Insane asylums in Bengal annual reports 1867-1875 - 1867-1875
Year: 1867
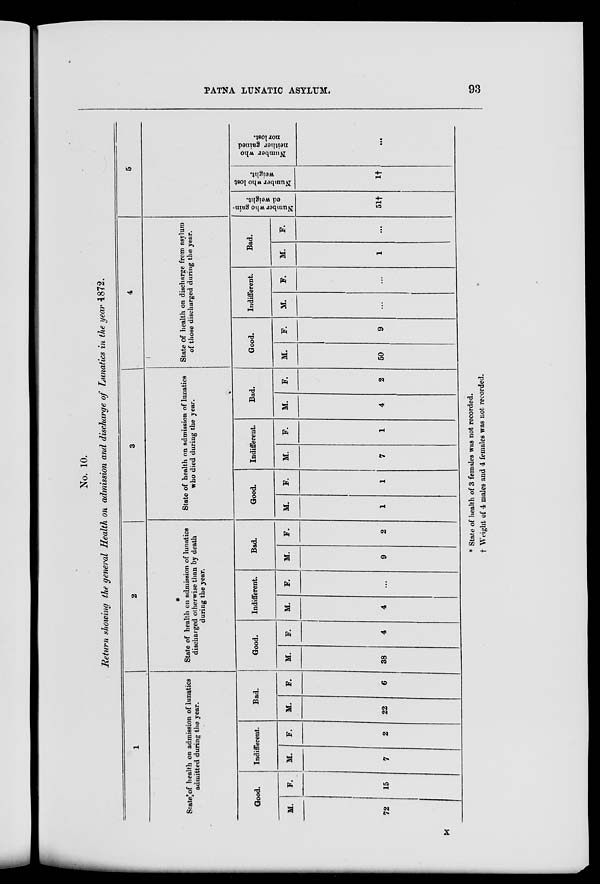
PATNA LUNATIC ASYLUM.
93
No. 10.
Return showing the general Health on admission and discharge of Lunatics in the year 1872.
1
State of health on admission of lunatics
admitted during the year.
Good.
M.
72
F.
15
Indifferent.
M.
7
F.
2
Bad.
M.
22
F.
6
2
*
State of health on admission of lunatics
discharged otherwise than by death
during the year.
Good.
M.
38
F.
4
Indifferent.
M.
4
F.
...
Bad.
M.
9
F.
2
3
State of health on admission of lunatics
who died during the year.
Good.
M.
1
F.
1
Indifferent.
M.
7
F.
1
Bad.
M.
4
F.
2
4
State of health on discharge from asylum
of those discharged during the year.
Good.
M.
50
F.
9
Indifferent.
M.
...
F.
...
Bad.
M.
1
F.
...
5
Number who gain-
ed weight.
51†
Number
who lost
weight.
1†
Number who
neither gained
nor lost.
...
* State of health of 3 females was not recorded.
† Weight of 4 males and 4 females was not recorded.
X